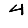
Digit: 4